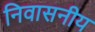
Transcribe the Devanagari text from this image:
निवासनीय